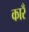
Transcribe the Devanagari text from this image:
कारँ